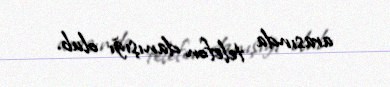
arasında telefon danışığı olub.